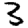
Digit: 3